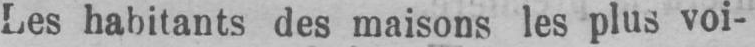
Les habitants des maisons les plus voi-